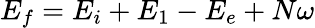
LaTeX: E_{f}=E_{i}+E_{1}-E_{e}+N\omega